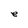
Character: e